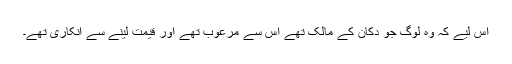
اس لیے کہ وہ لوگ جو دُکان کے مالک تھے اس سے مرعوب تھے اور قیمت لینے سے انکاری تھے۔